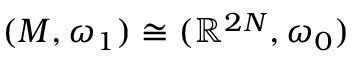
( M , \omega _ { 1 } ) \cong ( \mathbb { R } ^ { 2 N } , \omega _ { 0 } )